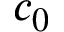
c _ { 0 }